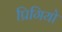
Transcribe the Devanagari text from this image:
प्रिगियो